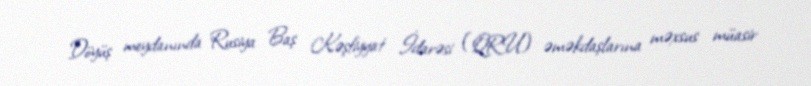
Döyüş meydanında Rusiya Baş Kəşfiyyat İdarəsi (QRU) əməkdaşlarına məxsus müasir